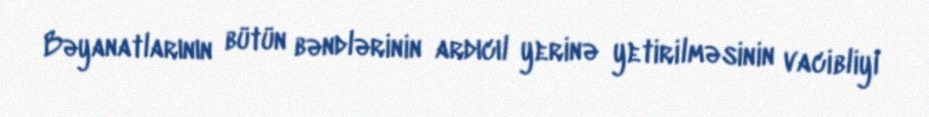
Bəyanatlarının bütün bəndlərinin ardıcıl yerinə yetirilməsinin vacibliyi